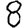
Digit: 8